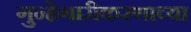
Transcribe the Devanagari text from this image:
गुन्हेगारीकरणाच्या